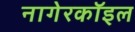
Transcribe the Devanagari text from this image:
नागेरकॉइल